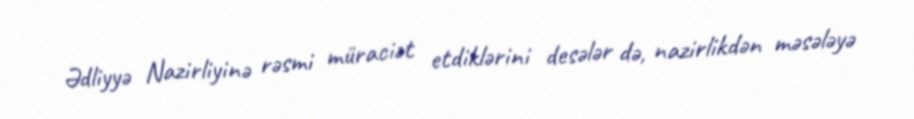
Ədliyyə Nazirliyinə rəsmi müraciət etdiklərini desələr də, nazirlikdən məsələyə